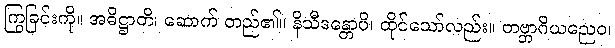
ကြွခြင်းကို။ အဓိဋ္ဌာတိ၊ ဆောက် တည်၏။ နိသီဒန္တောပိ၊ ထိုင်သော်လည်း။ တဗ္ဘာဂိယညေဝ၊